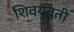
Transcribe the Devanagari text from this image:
शिवयुवती